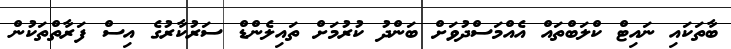
ބާތަކައި ނައިޓް ކްލަބްތައް އެއްމަސްދުވަށް ބަންދު ކުރުމަށް ތައިލެންޑް ސަރުކާރުގެ އިސް ފަރާތްތަކުން